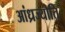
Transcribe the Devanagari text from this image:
आंध्रज्योति